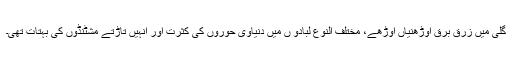
گلی میں زرق برق اوڑھنیاں اوڑھے، مختلف النوع لبادو ں میں دنیاوی حوروں کی کثرت اور انہیں تاڑتے مشٹنڈوں کی بہتات تھی۔